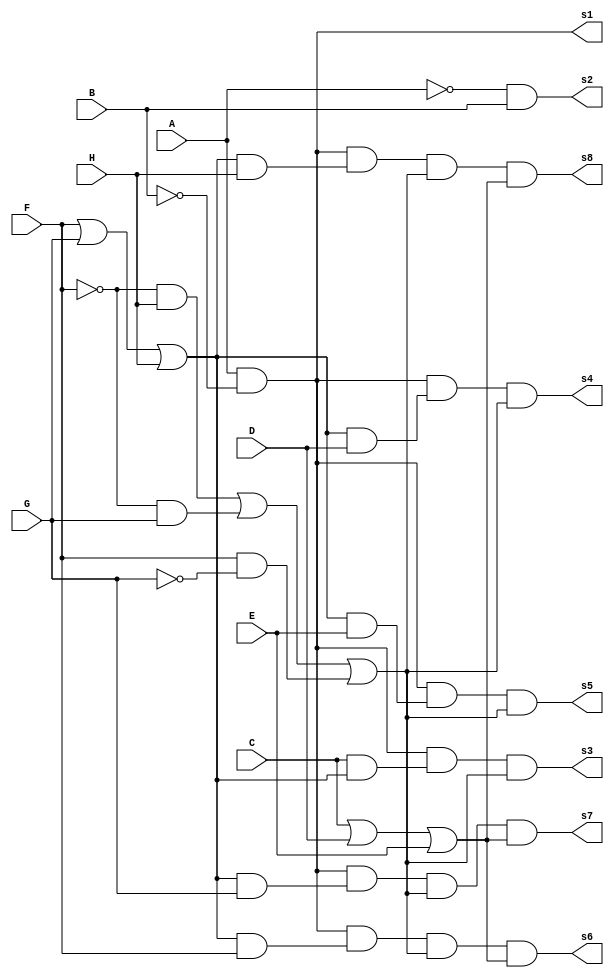
module modovscoordenadas(
  input A, B, C, D, E, F, G, H,
  output s1, s2, s3, s4, s5, s6, s7, s8 
);

  // S1 = A.B'
not not1(B1,B);
and and1(s1,A,B1);
 // s2 = A'.B
not not2(A1,A);
and and2(s2,A1,B);
 // s3 =  (A.B').(C.(F+G+H).(F'.H + F'.G + F.G'))
wire [7:0] w;
and and3(w[0],A,B1);
or or1(w[1],F,G,H);
and and4(w[2],C,w[1]);
and and5(w[3],w[0],w[2]);
not not3(F1,F);
and and6(w[4],F1,H);
and and7(w[5],F1,G);
not not4(G1,G);
and and8(w[6],F,G1);
or or2(w[7], w[4],w[5],w[6]);
and and9 (s3,w[3], w[7]); 
// S4 = (A.B').(D.(F+G+H).(F'.H + F'.G + F.G')) 
wire x;
and and10(x,w[1],D);
and and11(s4,w[0],x,w[7]);
// S5 = (A.B').(E.(F+G+H).(F'.H + F'.G + F.G'))
wire y;
and and12(y,w[1],E);
and and13(s5,w[0],y,w[7]);
//S6 = (A.B').(F.(F+G+H).(F'.H + F'.G + F.G').(C+D+E))
wire [0:1] Z;
and and14(Z[0],w[1],F);
or or3(Z[1],C,D,E);
and and15(s6,w[0],Z[0],w[7],Z[1]);
//S7 = (A.B').(G.(F+G+H).(F'.H + F'.G + F.G').(C+D+E))
wire [0:1] J;
and and16(J[0],w[1],G);
or or4(J[1],C,D,E);
and and17(s7,w[0],J[0],w[7],J[1]);
//S8 = (A.B').(H.(F+G+H).(F'.H + F'.G + F.G').(C+D+E))
wire [0:1] P;
and and18(P[0],w[1],H);
or or5(P[1],C,D,E);
and and19(s8,w[0],P[0],w[7],P[1]);
endmodule